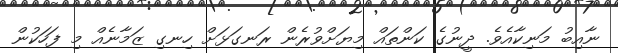
ނާއިބު މަނިކާއެވެ. ދީނުގެ ކަންތައް މިޔަށްވުރެން ރަނގަޅަށް ހިނގި ޒަމާނެއް މި ފަހަކުން